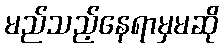
မည်သည့်နေရာမှမဆို